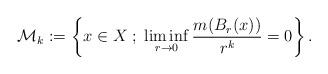
LaTeX: \begin{align*} \mathcal{M}_k:=\left\{x\in X\;;\;\liminf_{r\rightarrow0}\frac{m(B_r(x))}{r^k}=0\right\}.\end{align*}